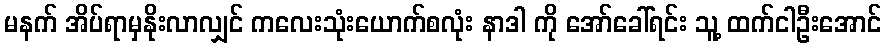
မနက် အိပ်ရာမှနိုးလာလျှင် ကလေးသုံးယောက်စလုံး နာဒါ ကို အော်ခေါ်ရင်း သူ့ ထက်ငါဦးအောင်